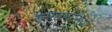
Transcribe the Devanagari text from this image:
स्‍पेनवासियों